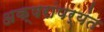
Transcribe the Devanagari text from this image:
अक्षरांपर्यंत